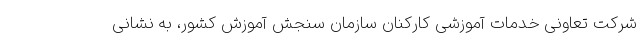
شرکت تعاونی خدمات آموزشی کارکنان سازمان سنجش آموزش کشور، به نشانی